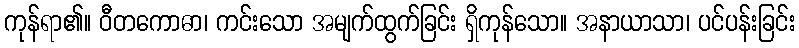
ကုန်ရာ၏။ ဝီတကောဓာ၊ ကင်းသော အမျက်ထွက်ခြင်း ရှိကုန်သော။ အနာယာသာ၊ ပင်ပန်းခြင်း